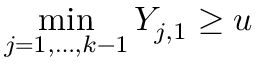
\operatorname* { m i n } _ { j = 1 , \dots , k - 1 } Y _ { j , 1 } \geq u